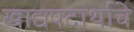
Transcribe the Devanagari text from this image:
खाद्यपदार्थाचे